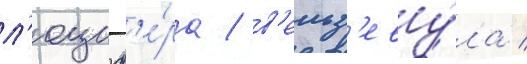
л'юциф'е́ра / в'ельз'еву́ла /